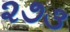
૨૭૩